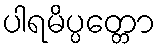
ပါရမိပ္ပတ္တော